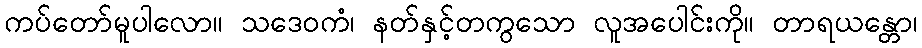
ကပ်တော်မူပါလော။ သဒေဝကံ၊ နတ်နှင့်တကွသော လူအပေါင်းကို။ တာရယန္တော၊